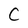
Character: C